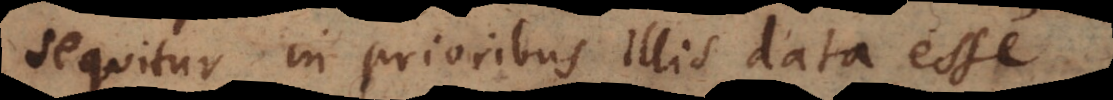
sequitur in prioribus illis data esse